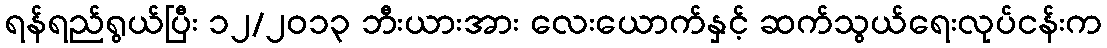
ရန်ရည်ရွယ်ပြီး ၁၂/၂၀၁၃ ဘီးယားအား လေးယောက်နှင့် ဆက်သွယ်ရေးလုပ်ငန်းက